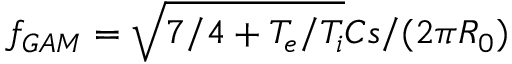
f _ { G A M } = \sqrt { 7 / 4 + T _ { e } / T _ { i } } C s / ( 2 \pi R _ { 0 } )